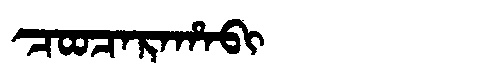
Manchu: ᠴᠣᠣᠴᠠᡵᠠᡥᠠᠪᡳ
Romanization: COOCARAHABI